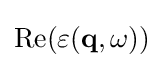
{\textstyle \operatorname {Re} (\varepsilon (\mathbf {q} ,\omega ))}